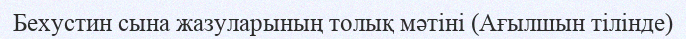
Бехустин сына жазуларының толық мәтіні (Ағылшын тілінде)